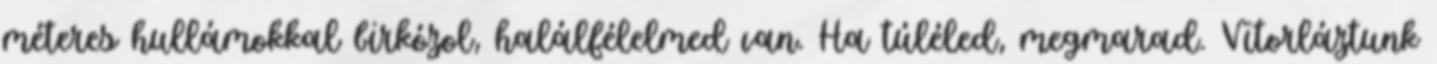
méteres hullámokkal birkózol, halálfélelmed van. Ha túléled, megmarad. Vitorláztunk